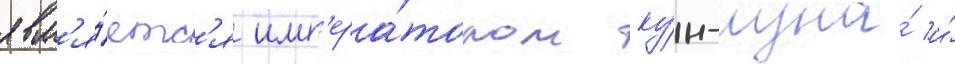
явл'я́етс'я имп'ера́тором ку́н-луна́ и́